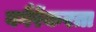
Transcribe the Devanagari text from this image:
वगैरेंकरता